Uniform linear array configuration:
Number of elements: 48
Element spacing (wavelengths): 0.5
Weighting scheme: kaiser
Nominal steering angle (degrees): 60
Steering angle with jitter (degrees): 60.606
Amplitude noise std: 0.05
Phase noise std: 0.05

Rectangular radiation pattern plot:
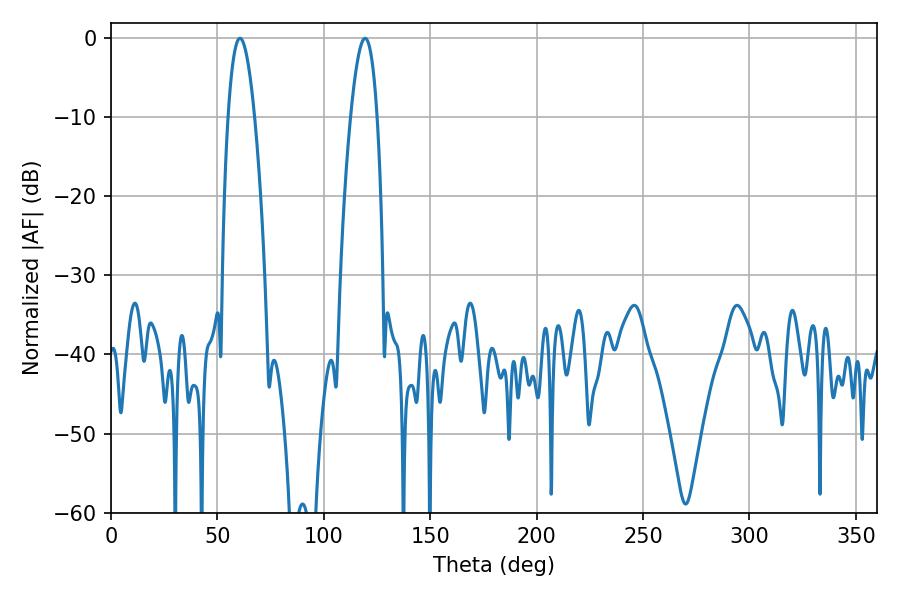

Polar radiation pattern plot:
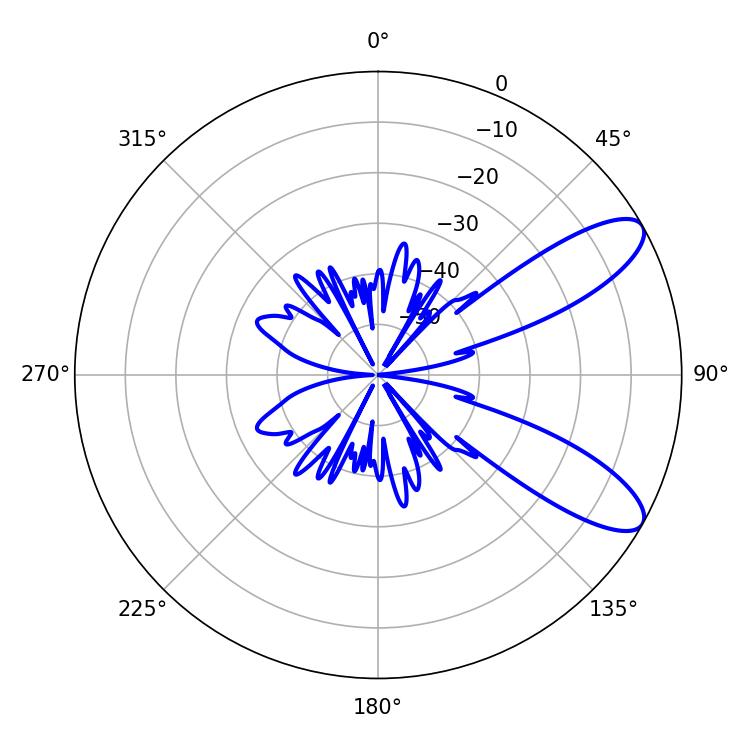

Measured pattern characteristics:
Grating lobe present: FALSE
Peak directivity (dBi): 9.497
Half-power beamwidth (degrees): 6.84
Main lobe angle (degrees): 60.66